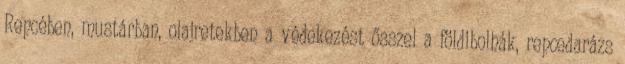
Repcében, mustárban, olajretekben a védekezést ősszel a földibolhák, repcedarázs